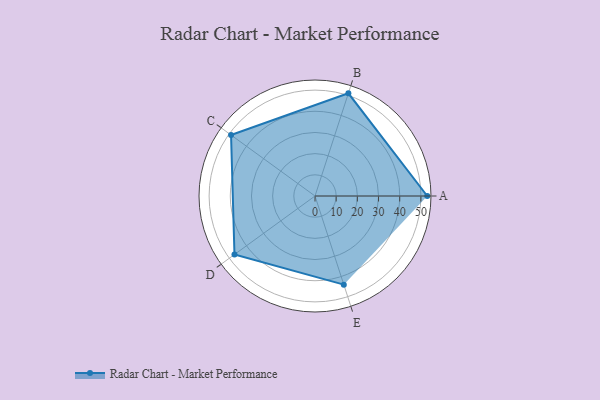
{"axis": {"x": "Skill", "y": "Score"}, "legend": ["Profile"], "data": [{"x": "A", "y": 53.0, "type": "Profile"}, {"x": "B", "y": 51.0, "type": "Profile"}, {"x": "C", "y": 49.0, "type": "Profile"}, {"x": "D", "y": 47.0, "type": "Profile"}, {"x": "E", "y": 44.0, "type": "Profile"}]}